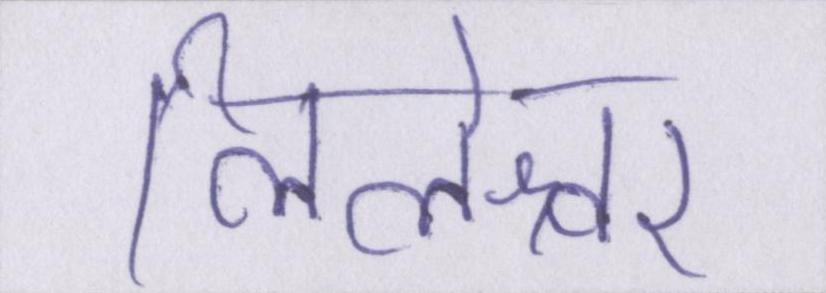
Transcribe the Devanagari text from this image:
लिलेश्वर